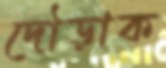
দৌড়াক